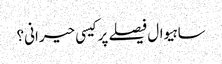
ساہیوال فیصلے پر کیسی حیرانی؟